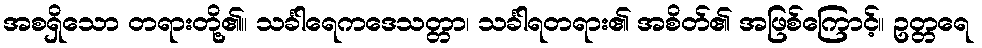
အစရှိသော တရားတို့၏။ သင်္ခါရေကဒေသတ္တာ၊ သင်္ခါရတရား၏ အစိတ်၏ အဖြစ်ကြောင့်။ ဥတ္တရေ